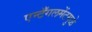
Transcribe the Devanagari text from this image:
एन्टँगलमेंटमुळे